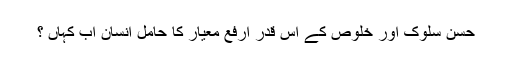
حسن سلوک اور خلوص کے اس قدر ارفع معیار کا حامل انسان اب کہاں ؟